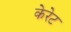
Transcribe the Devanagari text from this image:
केरेट